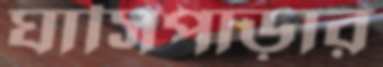
ঘাসিপাড়ার